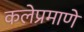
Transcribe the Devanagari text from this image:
कलेप्रमाणे